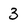
Character: 3